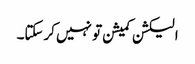
الیکشن کمیشن تو نہیں کرسکتا۔